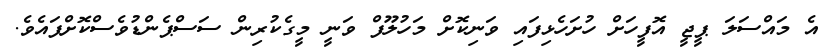
އެ މައްސަލަ ޕީޖީ އޮފީހަށް ހުށަހެޅިފައި ވަނިކޮށް މަހުލޫފް ވަނީ މީގެކުރިން ސަސްޕެންޑުވެސްކޮށްފައެވެ.